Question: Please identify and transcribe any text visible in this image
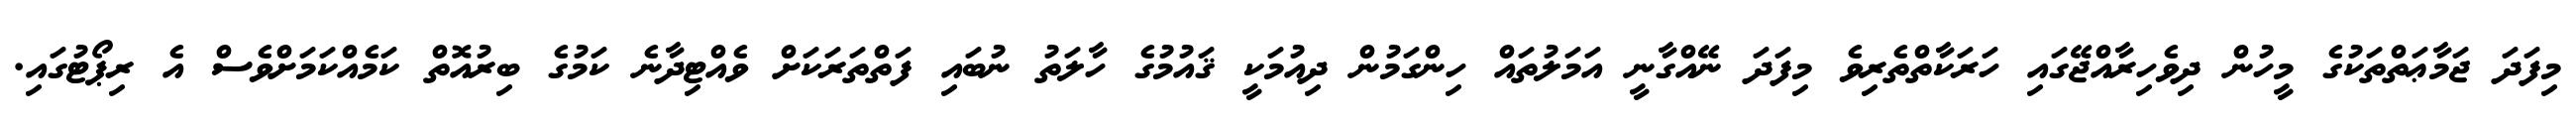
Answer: މިފަދަ ޖަމާޢަތްތަކުގެ މީހުން ދިވެހިރާއްޖޭގައި ހަރަކާތްތެރިވެ މިފަދަ ނޭއްގާނީ އަމަލުތައް ހިންގަމުން ދިއުމަކީ ޤައުމުގެ ހާލަތު ނުބައި ފަތްތަރަކަށް ވެއްޓިދާނެ ކަމުގެ ބިރުއޮތް ކަމެއްކަމަށްވެސް އެ ރިޕޯޓުގައި.